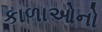
કાળાઓનો